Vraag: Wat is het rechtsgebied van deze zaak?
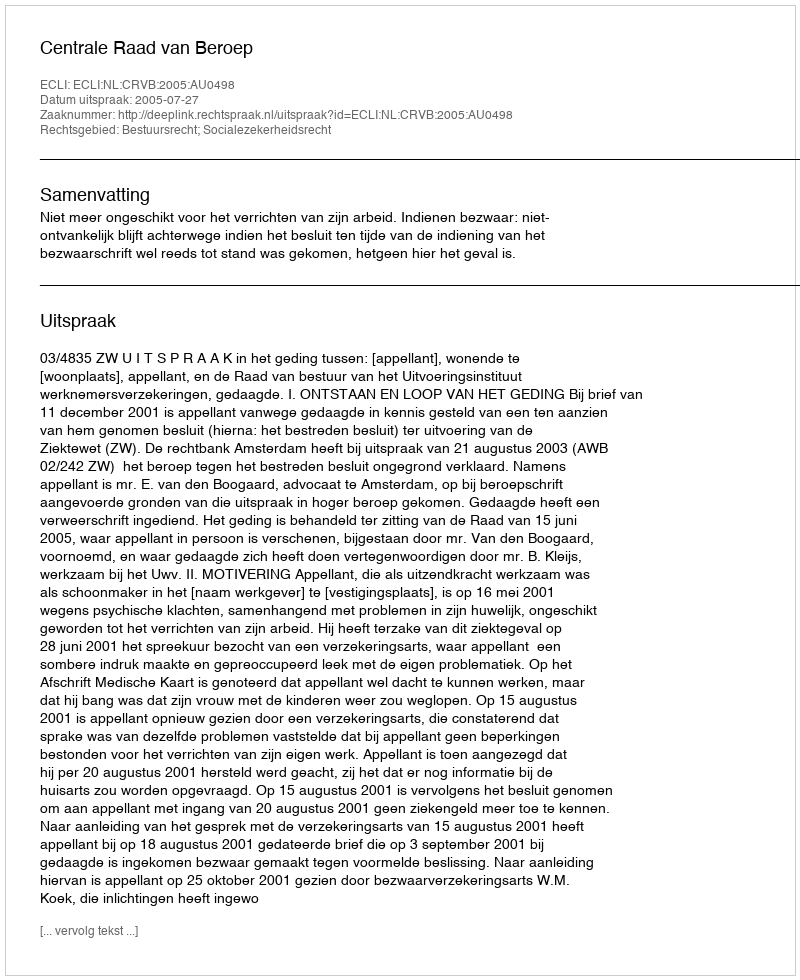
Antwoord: Bestuursrecht; Socialezekerheidsrecht